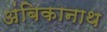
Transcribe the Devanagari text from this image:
अंबिकानाथ